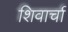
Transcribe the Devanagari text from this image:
शिवार्चा